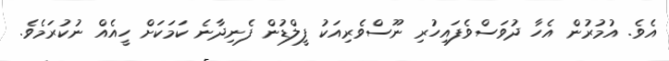
އެވެ. އުމުރުން އެހާ ދުވަސްވެފައިހުރި ނޫސްވެރިއަކު ފީލްޑުން ފެނިދާނެ ކަމަކަށް ހީއެއް ނުކުރަމެވެ.